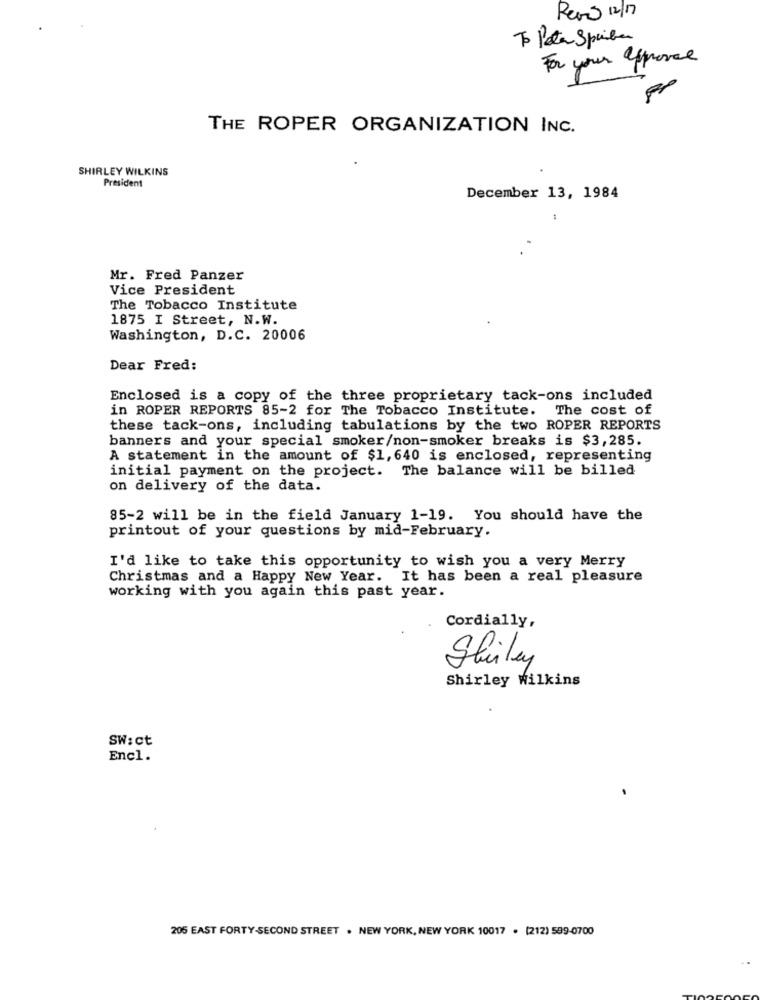
Reais 12/17
To Peta Spriben
For your approval
THE ROPER ORGANIZATION INC.
SHIRLEY WILKINS
President
December 13, 1984
Mr. Fred Panzer
Vice President
The Tobacco Institute
1875 I Street, N.W.
Washington, D.C. 20006
Dear Fred:
Enclosed is a copy of the three proprietary tack-ons included
in ROPER REPORTS 85-2 for The Tobacco Institute. The cost of
these tack-ons, including tabulations by the two ROPER REPORTS
banners and your special smoker/non-smoker breaks is $3,285.
A statement in the amount of $1,640 is enclosed, representing
initial payment on the project. The balance will be billed
on delivery of the data.
85-2 will be in the field January 1-19. You should have the
printout of your questions by mid-February.
I'd like to take this opportunity to wish you a very Merry
Christmas and a Happy New Year. It has been a real pleasure
working with you again this past year.
Cordially,
Shirley
Shirley Wilkins
SW: ct
Encl.
205 EAST FORTY-SECOND STREET . NEW YORK, NEW YORK 10017 . [212) 599-0700